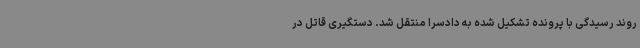
روند رسیدگی با پرونده تشکیل شده به دادسرا منتقل شد. دستگیری قاتل در